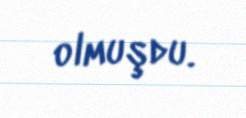
olmuşdu.